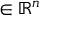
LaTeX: \mathbf { \beta } \in \mathbb { R } ^ { n }